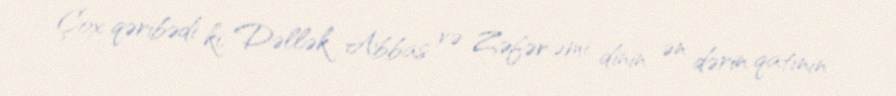
Çox qəribədi ki, Dəllək Abbas və Zəfər əmi dinin ən dərin qatının